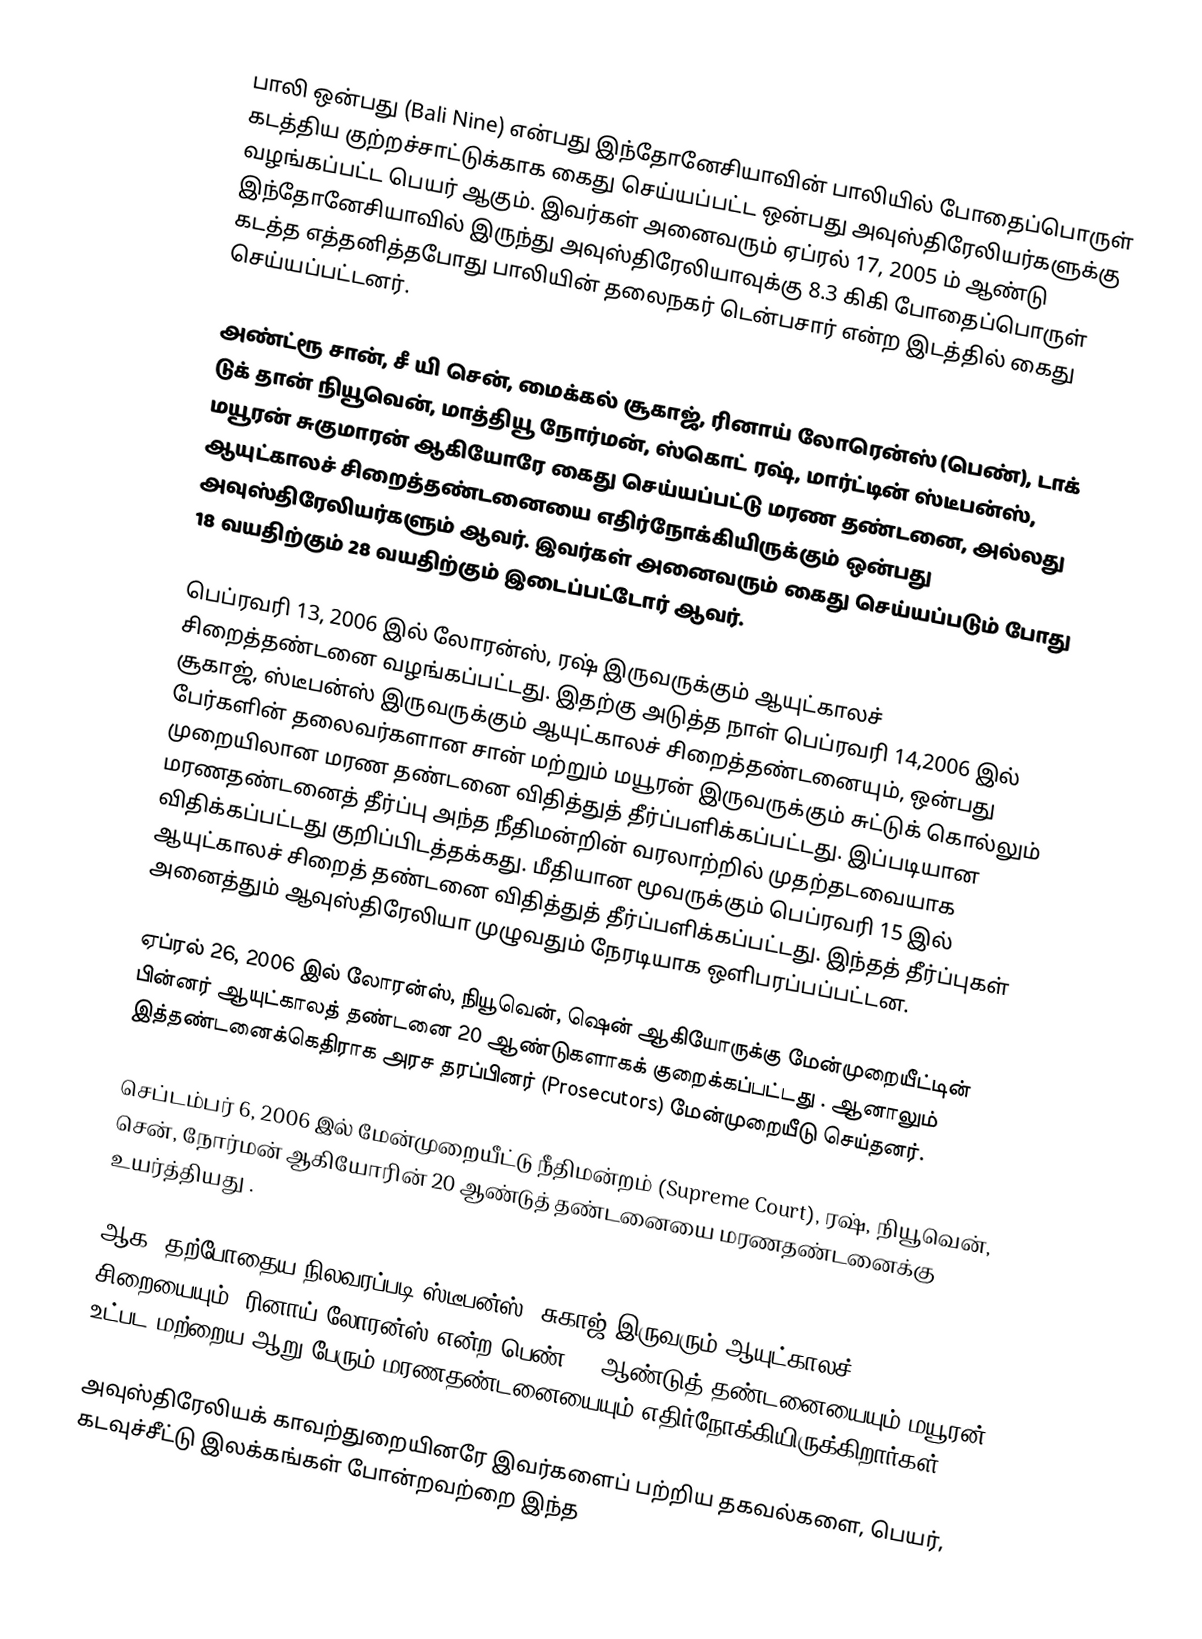
பாலி ஒன்பது (Bali Nine) என்பது இந்தோனேசியாவின் பாலியில் போதைப்பொருள் கடத்திய குற்றச்சாட்டுக்காக கைது செய்யப்பட்ட ஒன்பது அவுஸ்திரேலியர்களுக்கு வழங்கப்பட்ட பெயர் ஆகும். இவர்கள் அனைவரும் ஏப்ரல் 17, 2005 ம் ஆண்டு இந்தோனேசியாவில் இருந்து அவுஸ்திரேலியாவுக்கு 8.3 கிகி போதைப்பொருள் கடத்த எத்தனித்தபோது பாலியின் தலைநகர் டென்பசார் என்ற இடத்தில் கைது செய்யப்பட்டனர்.

அண்ட்ரூ சான், சீ யி சென், மைக்கல் சூகாஜ், ரினாய் லோரென்ஸ் (பெண்), டாக் டுக் தான் நியூவென், மாத்தியூ நோர்மன், ஸ்கொட் ரஷ், மார்ட்டின் ஸ்டீபன்ஸ், மயூரன் சுகுமாரன் ஆகியோரே கைது செய்யப்பட்டு மரண தண்டனை, அல்லது ஆயுட்காலச் சிறைத்தண்டனையை எதிர்நோக்கியிருக்கும் ஒன்பது அவுஸ்திரேலியர்களும் ஆவர். இவர்கள் அனைவரும் கைது செய்யப்படும் போது 18 வயதிற்கும் 28 வயதிற்கும் இடைப்பட்டோர் ஆவர்.

பெப்ரவரி 13, 2006 இல் லோரன்ஸ், ரஷ் இருவருக்கும் ஆயுட்காலச் சிறைத்தண்டனை வழங்கப்பட்டது. இதற்கு அடுத்த நாள் பெப்ரவரி 14,2006 இல் சூகாஜ், ஸ்டீபன்ஸ் இருவருக்கும் ஆயுட்காலச் சிறைத்தண்டனையும், ஒன்பது பேர்களின் தலைவர்களான சான் மற்றும் மயூரன் இருவருக்கும் சுட்டுக் கொல்லும் முறையிலான மரண தண்டனை விதித்துத் தீர்ப்பளிக்கப்பட்டது. இப்படியான மரணதண்டனைத் தீர்ப்பு அந்த நீதிமன்றின் வரலாற்றில் முதற்தடவையாக விதிக்கப்பட்டது குறிப்பிடத்தக்கது. மீதியான மூவருக்கும் பெப்ரவரி 15 இல் ஆயுட்காலச் சிறைத் தண்டனை விதித்துத் தீர்ப்பளிக்கப்பட்டது. இந்தத் தீர்ப்புகள் அனைத்தும் ஆவுஸ்திரேலியா முழுவதும் நேரடியாக ஒளிபரப்பப்பட்டன.

ஏப்ரல் 26, 2006 இல் லோரன்ஸ், நியூவென், ஷென் ஆகியோருக்கு மேன்முறையீட்டின் பின்னர் ஆயுட்காலத் தண்டனை 20 ஆண்டுகளாகக் குறைக்கப்பட்டது . ஆனாலும் இத்தண்டனைக்கெதிராக அரச தரப்பினர் (Prosecutors) மேன்முறையீடு செய்தனர்.

செப்டம்பர் 6, 2006 இல் மேன்முறையீட்டு நீதிமன்றம் (Supreme Court), ரஷ், நியூவென், சென், நோர்மன் ஆகியோரின் 20 ஆண்டுத் தண்டனையை மரணதண்டனைக்கு உயர்த்தியது .

ஆக, தற்போதைய நிலவரப்படி ஸ்டீபன்ஸ், சுகாஜ் இருவரும் ஆயுட்காலச் சிறையையும், ரினாய் லோரன்ஸ் என்ற பெண் 20 ஆண்டுத் தண்டனையையும் மயூரன் உட்பட மற்றைய ஆறு பேரும் மரணதண்டனையையும் எதிர்நோக்கியிருக்கிறார்கள்.

அவுஸ்திரேலியக் காவற்துறையினரே இவர்களைப் பற்றிய தகவல்களை, பெயர், கடவுச்சீட்டு இலக்கங்கள் போன்றவற்றை இந்த